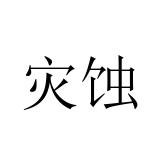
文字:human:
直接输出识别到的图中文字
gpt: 灾蚀